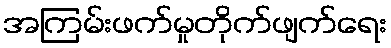
အကြမ်းဖက်မှုတိုက်ဖျက်ရေး